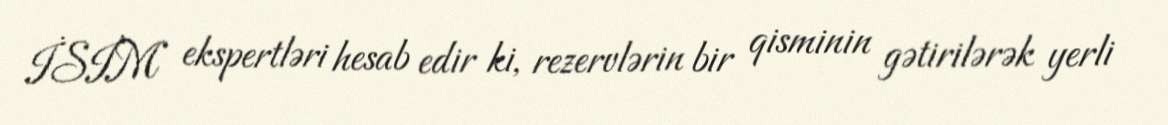
İSİM ekspertləri hesab edir ki, rezervlərin bir qisminin gətirilərək yerli